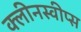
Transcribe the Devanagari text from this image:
क्लीनस्वीप्स